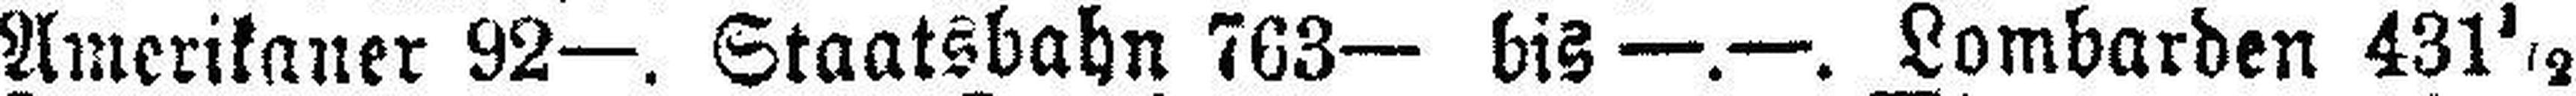
Amerikaner 92—. Staatsbahn 763— bis —.—. Lombarden 431½